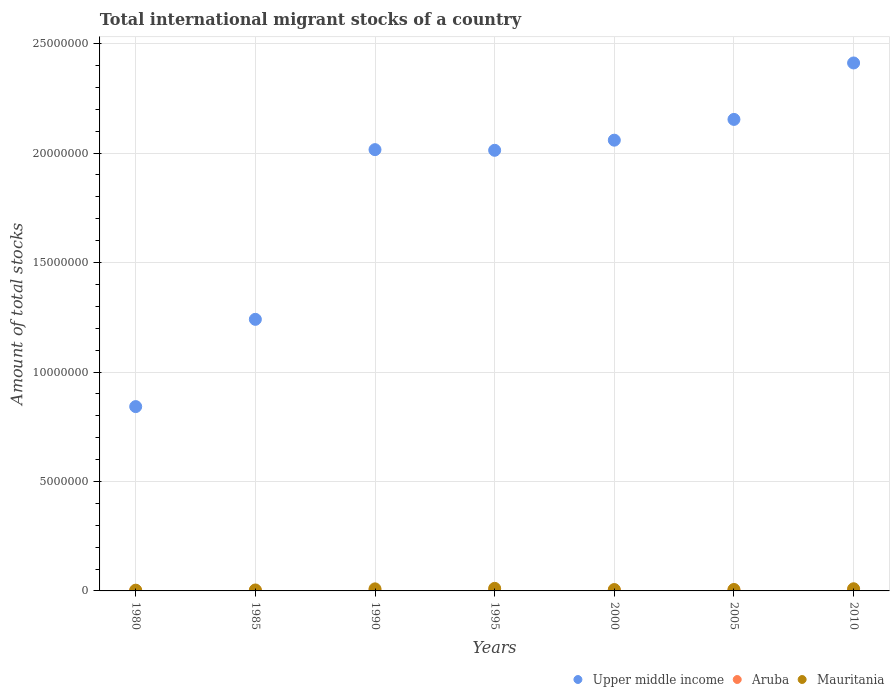
| Years | Upper middle income | Aruba | Mauritania |
 | --- | --- | --- | --- |
 | 1980 | 8.42e+06 | 7.06e+03 | 3.37e+04 |
 | 1985 | 1.24e+07 | 9.86e+03 | 4.36e+04 |
 | 1990 | 2.02e+07 | 1.44e+04 | 9.39e+04 |
 | 1995 | 2.01e+07 | 2.07e+04 | 1.18e+05 |
 | 2000 | 2.06e+07 | 2.95e+04 | 6.26e+04 |
 | 2005 | 2.15e+07 | 3.34e+04 | 6.61e+04 |
 | 2010 | 2.41e+07 | 3.43e+04 | 9.92e+04 |